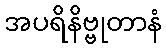
အပရိနိဗ္ဗုတာနံ